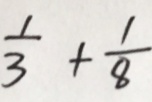
\frac { 1 } { 3 } + \frac { 1 } { 8 }